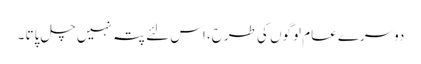
دوسرے عام لوگوں کی طرح، اس لئے پتہ نہیں چل پاتا ۔